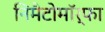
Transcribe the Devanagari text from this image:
निमैटोमॉर्फा